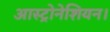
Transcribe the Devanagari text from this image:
आस्ट्रोनेशियन।